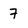
Character: 7